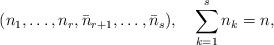
LaTeX: \begin{align*}(n_1,\ldots, n_r,\bar n_{r+1},\ldots,\bar n_s),\quad \sum_{k=1}^s n_k=n,\end{align*}